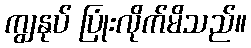
ကျွနုပ် ပြုံးလိုက်မိသည်။